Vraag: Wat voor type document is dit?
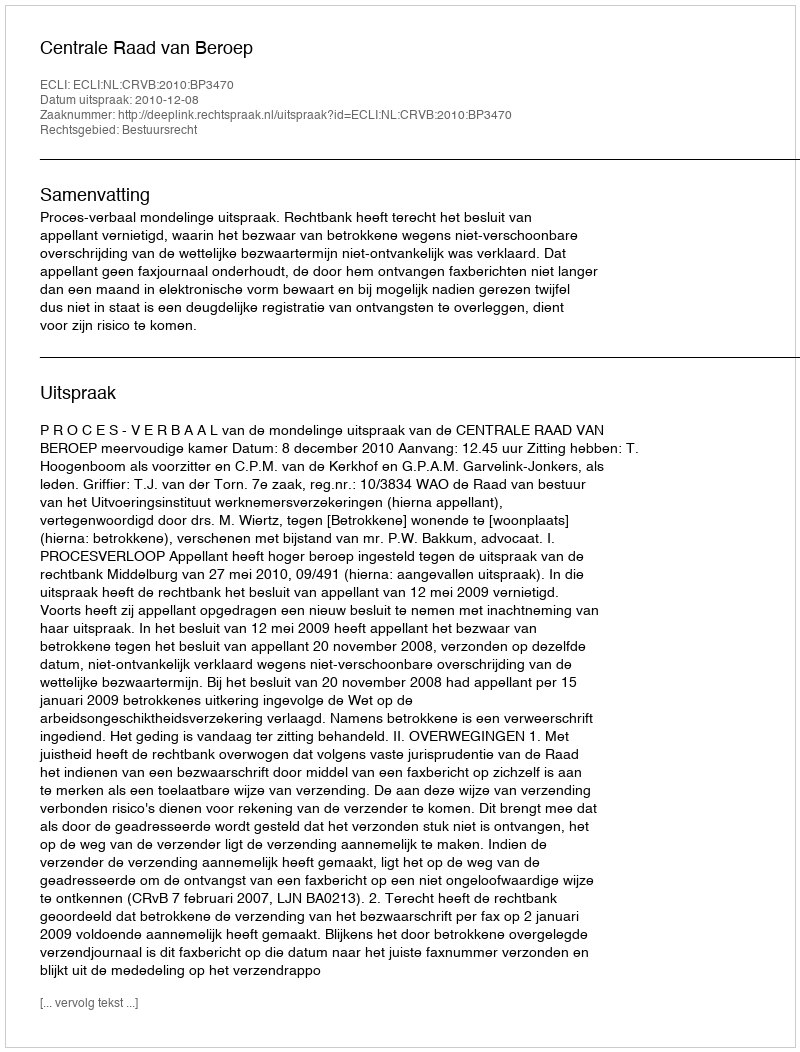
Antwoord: Uitspraak